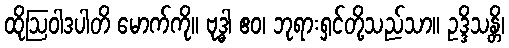
ထိုဩဝါဒပါတိ မောက်ကို။ ဗုဒ္ဓါ ဧဝ၊ ဘုရားရှင်တို့သည်သာ။ ဥဒ္ဒိသန္တိ၊